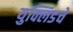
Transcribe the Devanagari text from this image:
युक्लिडचे